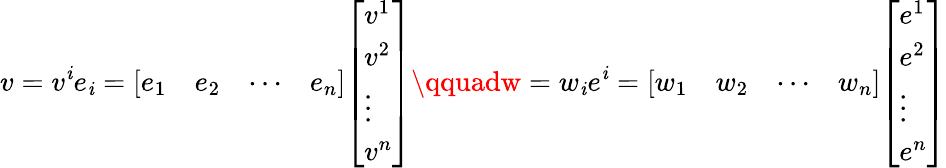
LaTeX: v=v^{\mathit{i}}e_{\mathit{i}}={\left[\begin{array}{llll}{e_{1}}&{e_{2}}&{\cdots}&{e_{n}}\end{array}\right]}{\left[\begin{array}{l}{v^{1}}\\ {v^{2}}\\ {\vdots}\\ {v^{n}}\end{array}\right]}\qquadw=w_{\mathit{i}}e^{\mathit{i}}={\left[\begin{array}{llll}{w_{1}}&{w_{2}}&{\cdots}&{w_{n}}\end{array}\right]}{\left[\begin{array}{l}{e^{1}}\\ {e^{2}}\\ {\vdots}\\ {e^{n}}\end{array}\right]}